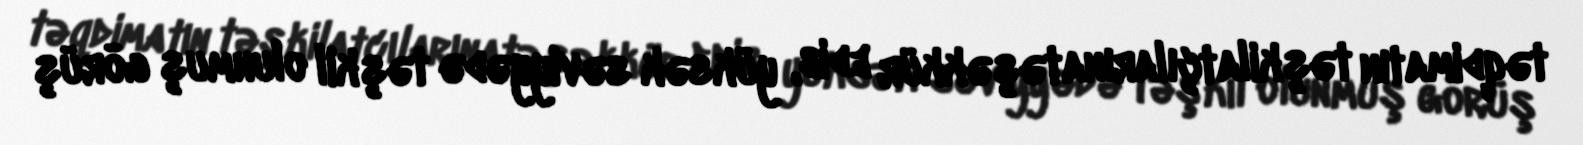
təqdimatın təşkilatçılarınatəşəkkür edib, yüksək səviyyədə təşkil olunmuş görüş